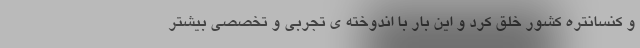
و کنسانتره کشور خلق کرد و این بار با اندوخته ی تجربی و تخصصی بیشتر